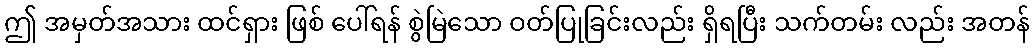
ဤ အမှတ်အသား ထင်ရှား ဖြစ် ပေါ်ရန် စွဲမြဲသော ဝတ်ပြုခြင်းလည်း ရှိရပြီး သက်တမ်း လည်း အတန်